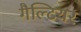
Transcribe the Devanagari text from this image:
गैल्टियर